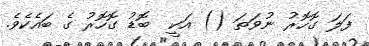
ފަލަ ގޮހޮރު ނުވަތަ () އަކީ  ބޮޑު ގޮހޮރު ގެ ބައެކެވެ.